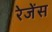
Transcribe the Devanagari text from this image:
रेजेंस